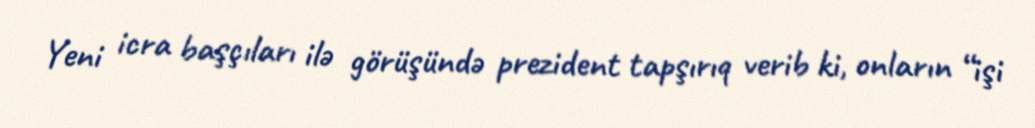
Yeni icra başçıları ilə görüşündə prezident tapşırıq verib ki, onların “işi